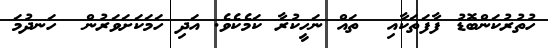
ހުތުރުކަންބޮޑު ފާފަތަކާއި  ތައް ނަހީކުރާ ކަމެކެވެ. އަދި ހަމަކަށަވަރުން  ހަނދުމަ